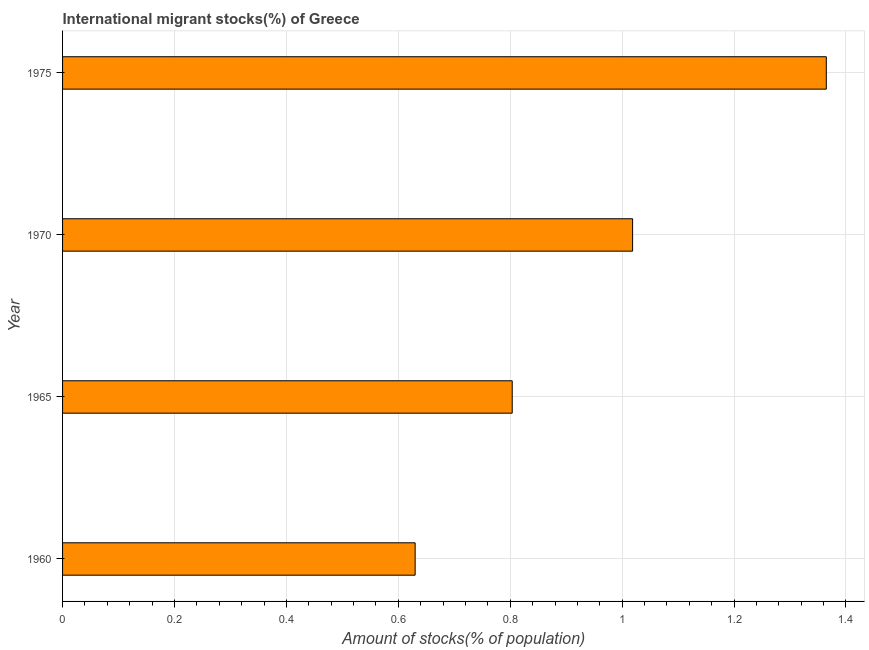
| Year | International migrant stock |
 | --- | --- |
 | 1960 | 0.63 |
 | 1965 | 0.804 |
 | 1970 | 1.02 |
 | 1975 | 1.36 |